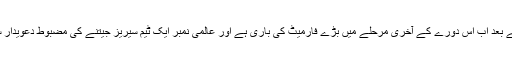
مختصر فارمیٹ کے بعد اب اس دورے کے آخری مرحلے میں بڑے فارمیٹ کی باری ہے اور عالمی نمبر ایک ٹیم سیریز جیتنے کی مضبوط دعویدار سمجھی جارہی ہے۔